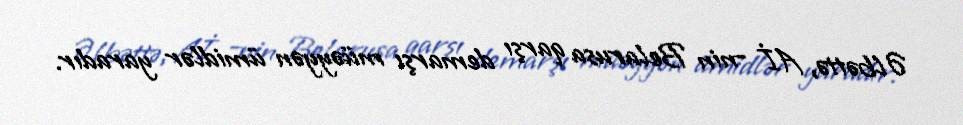
Əlbəttə, Aİ –nin Belarusa qarşı demarşı müəyyən ümidlər yaradır.